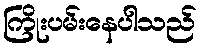
ကြိုးပမ်းနေပါသည်